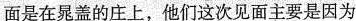
面是在晁盖的庄上，他们这次见面主要是因为